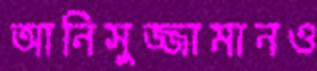
আনিসুজ্জামানও